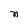
Character: n